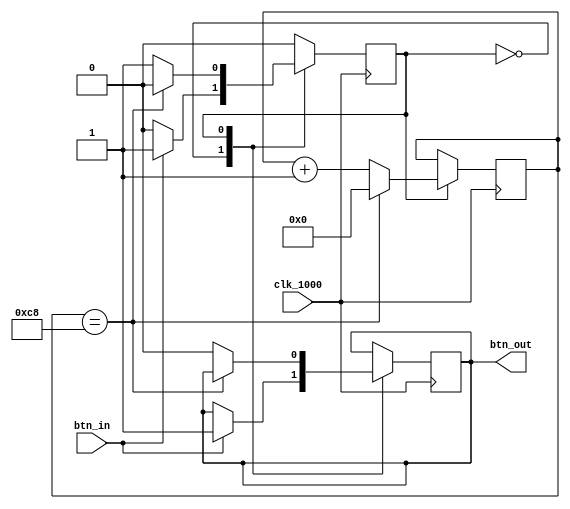
`timescale 1ns / 1ps
//////////////////////////////////////////////////////////////////////////////////
// Company: 
// Engineer: 
// 
// Design Name: 
// Module Name: debounce
// Project Name: 
// Target Devices: 
// Tool Versions: 
// Description: 
// 
// Dependencies: 
// 
// Revision:
// Revision 0.01 - File Created
// Additional Comments:
// 
//////////////////////////////////////////////////////////////////////////////////


module debounce(input clk_1000, btn_in, output reg btn_out = 0);    
    reg state = 0;
    reg [31:0] debounce_counter = 32'b0;
    always @ (posedge clk_1000)
    begin
        case (state)
            0:
                begin
                    if (btn_in == 1)
                        begin
                            btn_out <= 1;
                            state <= 1;
                        end
                end
            1:
                begin
                    if (debounce_counter == 200)
                        begin
                            state <= 0;
                            debounce_counter <= 0;
                        end
                    else
                        begin
                            btn_out <= 0;
                            debounce_counter <= debounce_counter + 1;
                        end
                end
        endcase
    end
endmodule